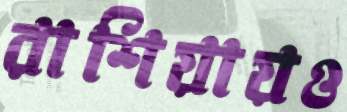
রাশিয়ায়ও